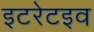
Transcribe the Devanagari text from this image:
इटरेटइव